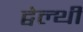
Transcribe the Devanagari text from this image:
ट्वेल्‍थी